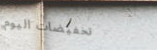
تخفيضات اليوم